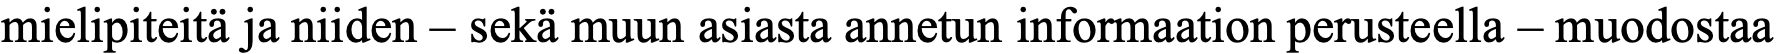
mielipiteitä ja niiden – sekä muun asiasta annetun informaation perusteella – muodostaa